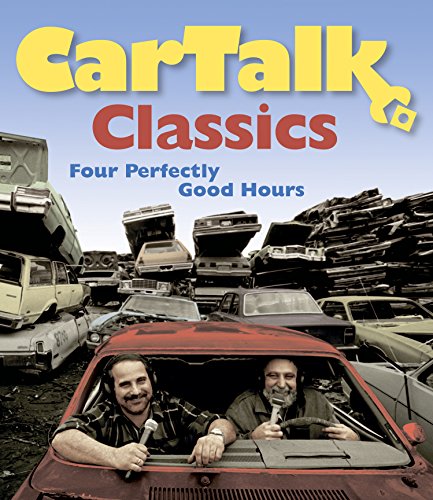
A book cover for Car Talk Classics: Four Perfectly Good Hours; Ray Magliozzi; Humor & Entertainment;